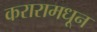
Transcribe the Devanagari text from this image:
करारामधून